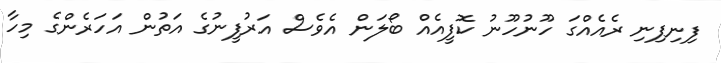
ފިނިފިނި ރެއެއްގަ ހޫނުހޫނު ކޮފީއެއް ބޯލަން އެވެސް އަރުފީނުގެ އަތުން އަހަރެންގެ މިހާ